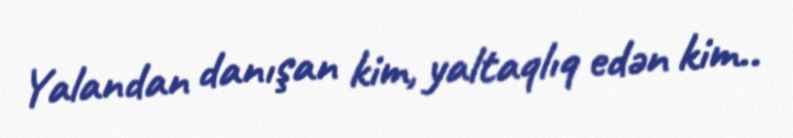
Yalandan danışan kim, yaltaqlıq edən kim..